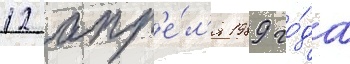
12 апр'е́л'я 1989 го́да